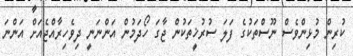
ކުރިން މުޅިންވެސް ނޫސްތަކުގެ ފަލަ ސުރުޚީތަކުން ޖާގަ ހޯދަމުން އަންނަނީ ދިވެހިރާއްޖެއަށް އަންނަ